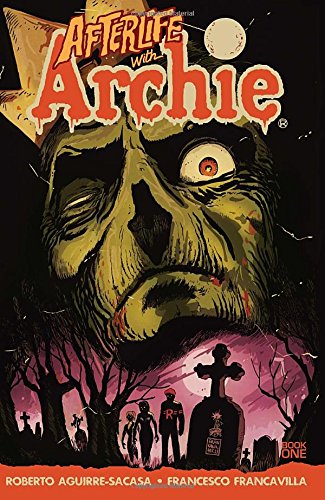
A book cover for Afterlife with Archie: Escape from Riverdale; Roberto Aguirre-Sacasa; Comics & Graphic Novels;